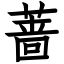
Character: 蔷